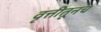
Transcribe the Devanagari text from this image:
वृत्तीतूनच